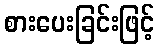
စားပေးခြင်းဖြင့်